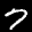
Label: 7